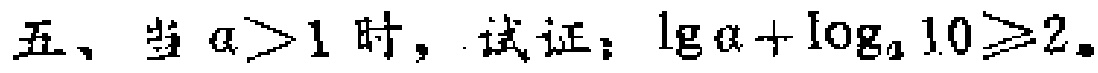
五、当 \(a > 1\) 时，试证：\(\lg a+\log_{a}10\geqslant2\)。